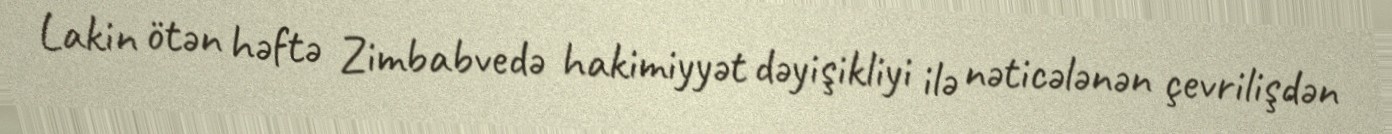
Lakin ötən həftə Zimbabvedə hakimiyyət dəyişikliyi ilə nəticələnən çevrilişdən